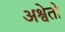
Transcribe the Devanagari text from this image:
अश्वेतो